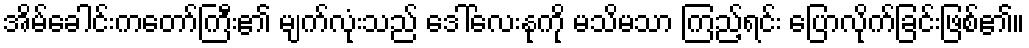
အိမ်ခေါင်းကတော်ကြီး၏ မျက်လုံးသည် ဒေါ်လေးနုကို မသိမသာ ကြည့်ရင်း ပြောလိုက်ခြင်းဖြစ်၏။